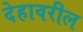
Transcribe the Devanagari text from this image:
देहावरील